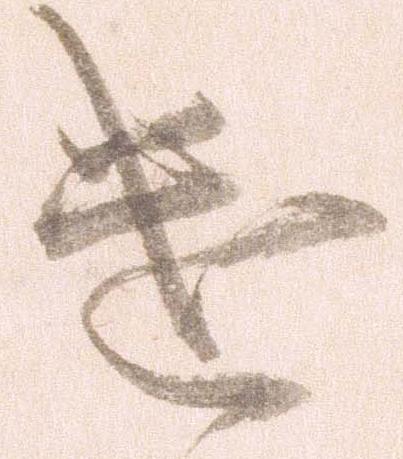
遣